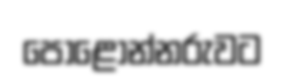
පොළොන්නරුවට